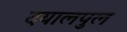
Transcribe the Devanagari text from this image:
दयालपुल